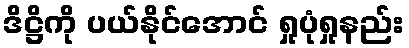
ဒိဋ္ဌိကို ပယ်နိုင်အောင် ရှုပုံရှုနည်း